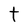
Character: t